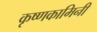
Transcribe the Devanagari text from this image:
कृष्णकामिनी